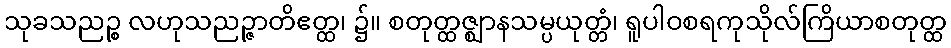
သုခသညဉ္စ လဟုသညဉ္ဇာတိဧတ္ထ၊ ၌။ စတုတ္ထဇ္ဈာနသမ္ပယုတ္တံ၊ ရူပါဝစရကုသိုလ်ကြိယာစတုတ္ထ